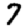
Digit: 7